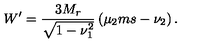
W ^ { \prime } = \frac { 3 M _ { r } } { \sqrt { 1 - \nu _ { 1 } ^ { 2 } } } \left( \mu _ { 2 } m s - \nu _ { 2 } \right) .